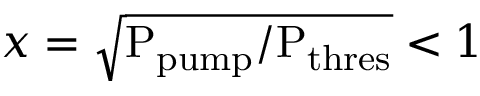
x = \sqrt { \mathrm { P _ { p u m p } / P _ { t h r e s } } } < 1